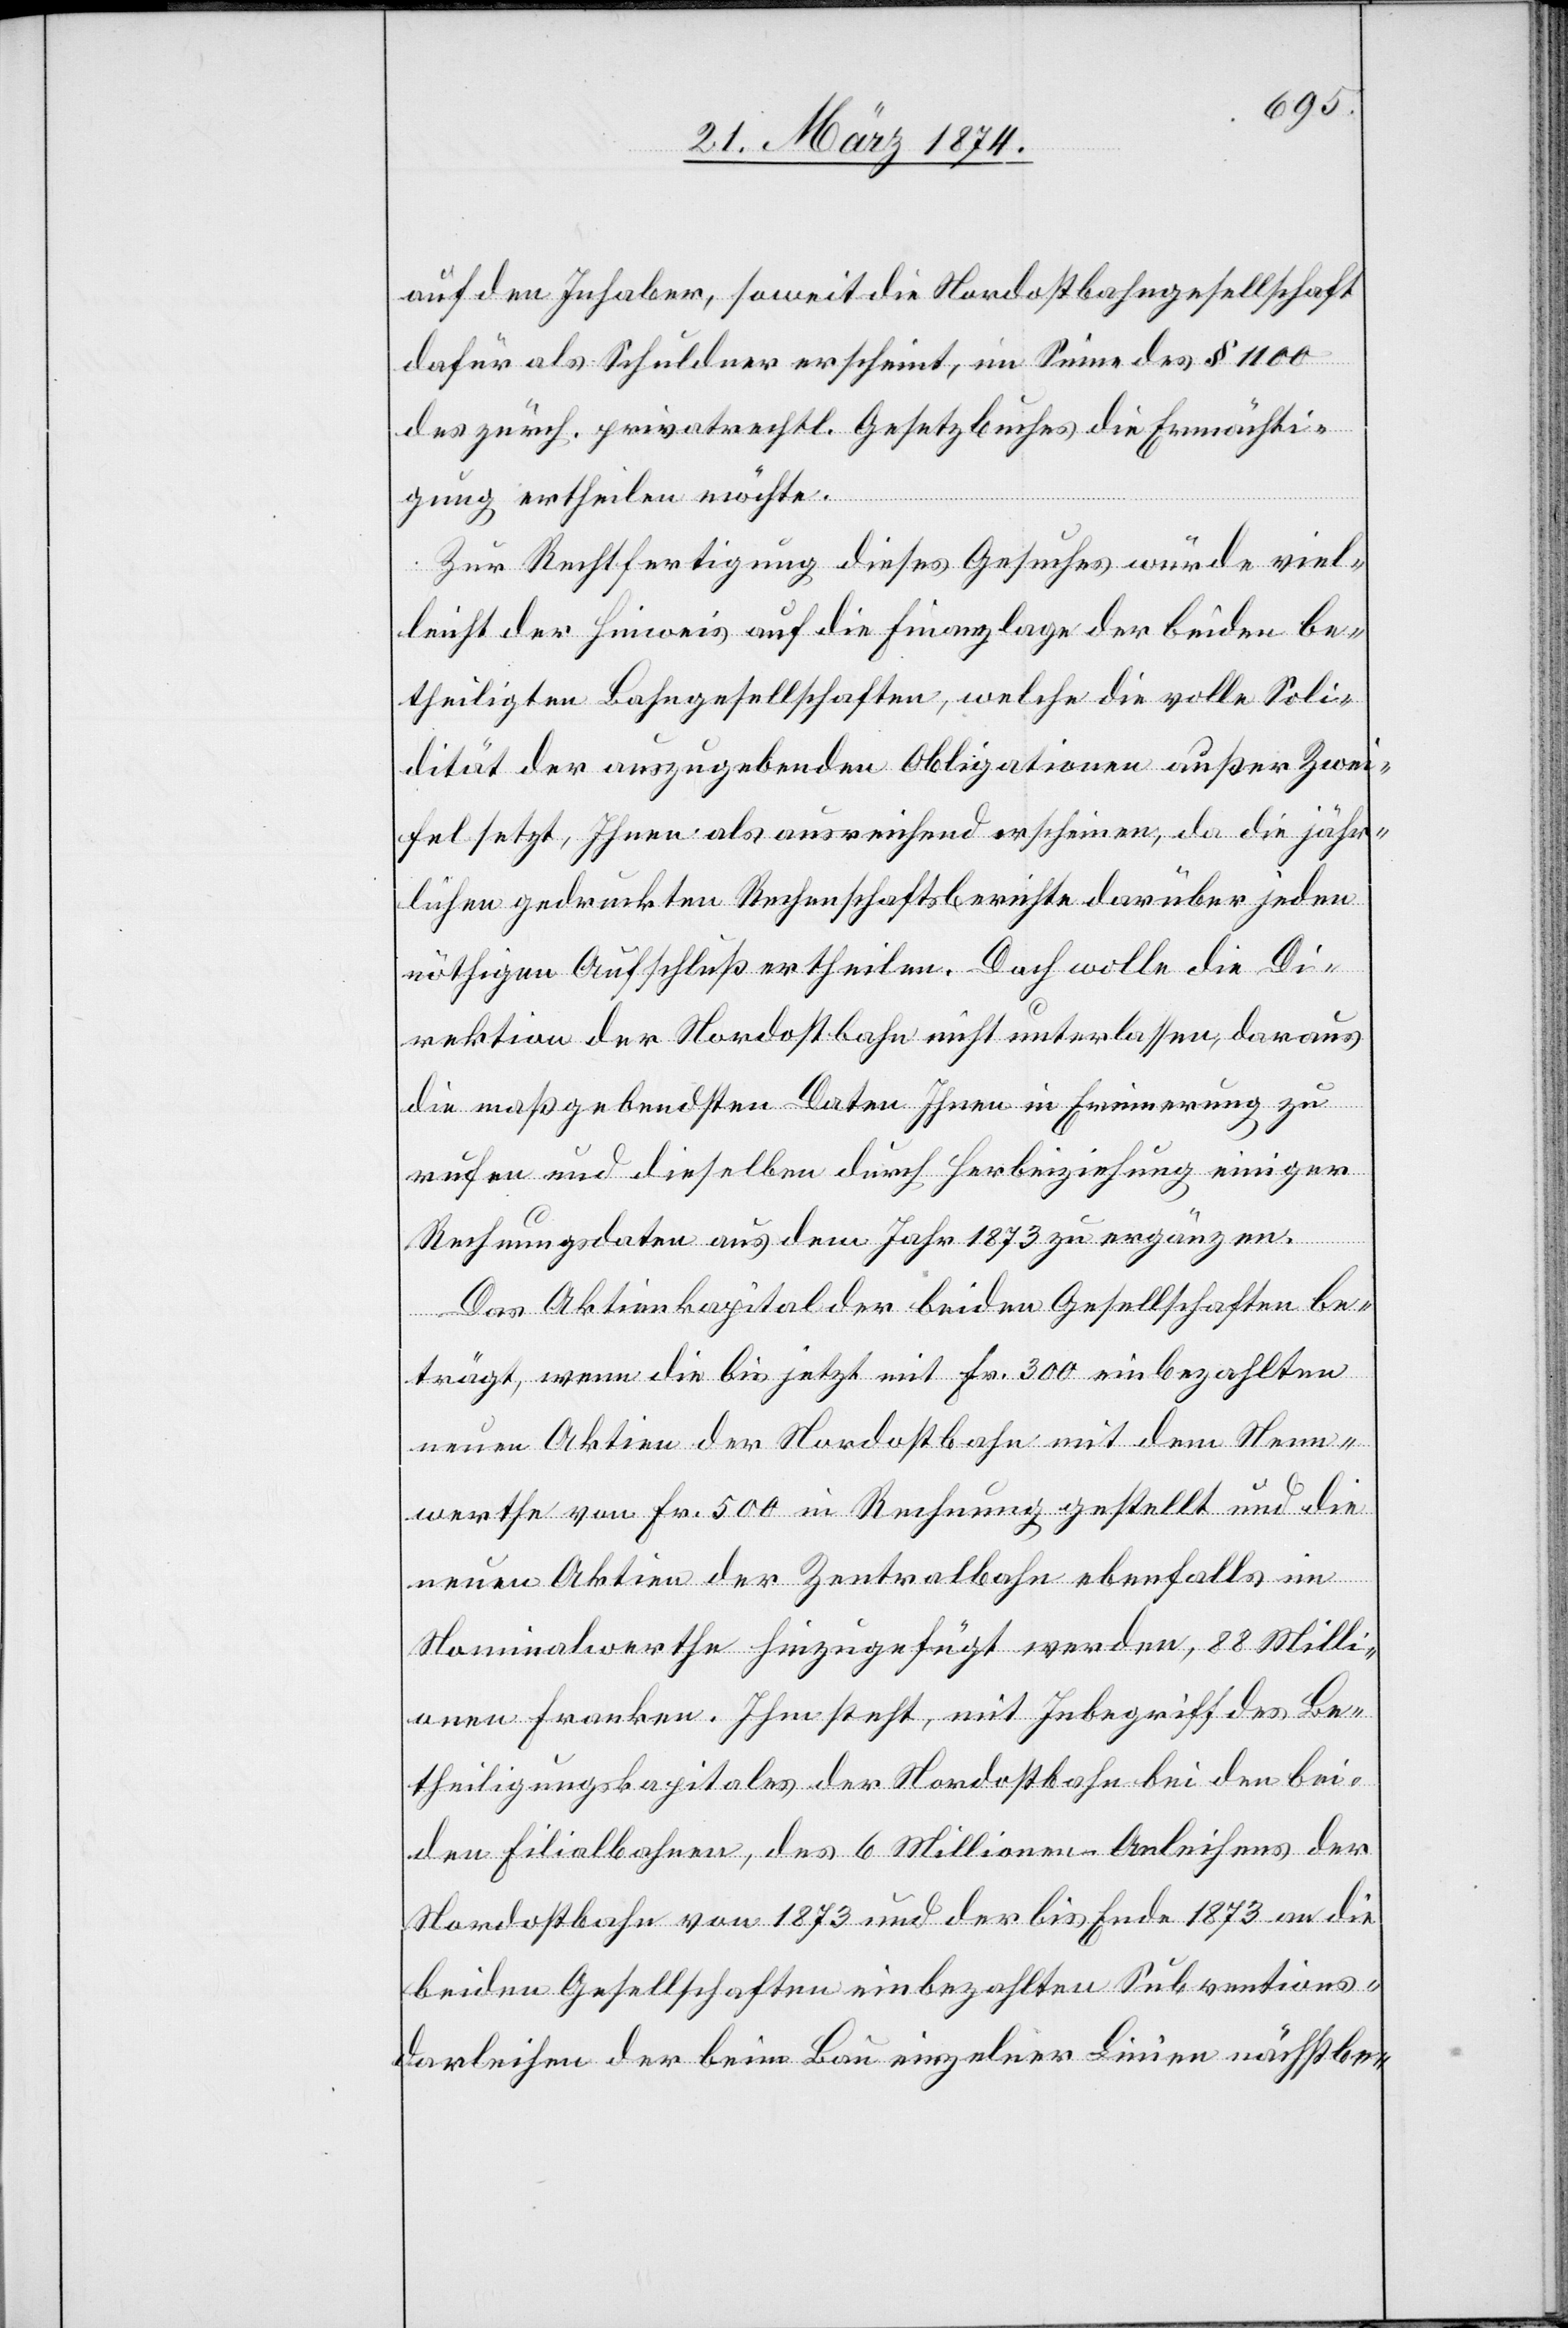
auf den Inhaber, soweit die Nordostbahngesellschaft
dafür als Schuldner erscheint, im Sinne des § 1100
des zürch. privatrechtl. Gesetzbuches die Ermächti¬
gung ertheilen möchte.
Zur Rechtfertigung dieses Gesuches würde viel¬
leicht der Hinweis auf die Finanzlage der beiden be¬
theiligten Bahngesellschaften, welche die volle Soli¬
dität der auszugebenden Obligationen außer Zwei¬
fel setzt, Ihnen als ausreichend erscheinen, da die jähr¬
lichen gedruckten Rechenschaftsberichte darüber jeden
nöthigen Aufschluß ertheilen. Doch wolle die Di¬
rektion der Nordostbahn nicht unterlassen, daraus
die maßgebendsten Daten Ihnen in Erinnerung zu
rufen und dieselben durch Herbeiziehung einiger
Rechnungsdaten aus dem Jahr 1873 zu ergänzen.
Das Aktienkapital der beiden Gesellschaften be¬
trägt, wenn die bis jetzt mit Fr. 300 einbezahlten
neuen Aktien der Nordostbahn mit dem Nenn¬
werthe von Fr. 500 in Rechnung gestellt und die
neuen Aktien der Zentralbahn ebenfalls im
Nominalwerthe hinzugefügt werden, 88 Milli¬
onen Franken. Ihm steht, mit Inbegriff des Be¬
theiligungskapitals der Nordostbahn bei den bei¬
den Filialbahnen, des 6 Millionen Anleihens der
Nordostbahn von 1873 und der bis Ende 1873 an die
beiden Gesellschaften einbezahlten Subventions¬
darleihen der beim Bau einzelner Linien nächstbe-